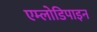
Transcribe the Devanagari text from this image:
एम्लोडिपाइन